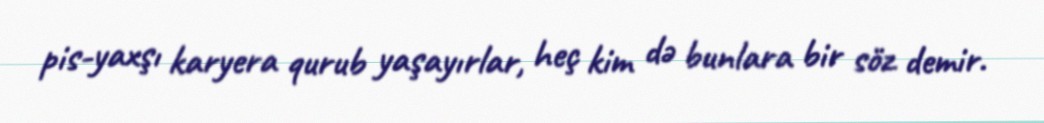
pis-yaxşı karyera qurub yaşayırlar, heç kim də bunlara bir söz demir.